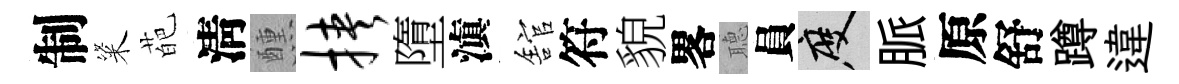
制粢葩淸醺挟墮滇舘符貌畧𦗟員度脈原舒蹲違